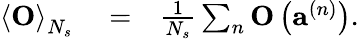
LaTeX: \begin{array}{rlr}{\left\langle\mathbf{O}\right\rangle_{N_{s}}}&{{}=}&{\frac{1}{N_{s}}\sum_{n}\mathbf{O}\left(\mathbf{a}^{\left(n\right)}\right).}\end{array}